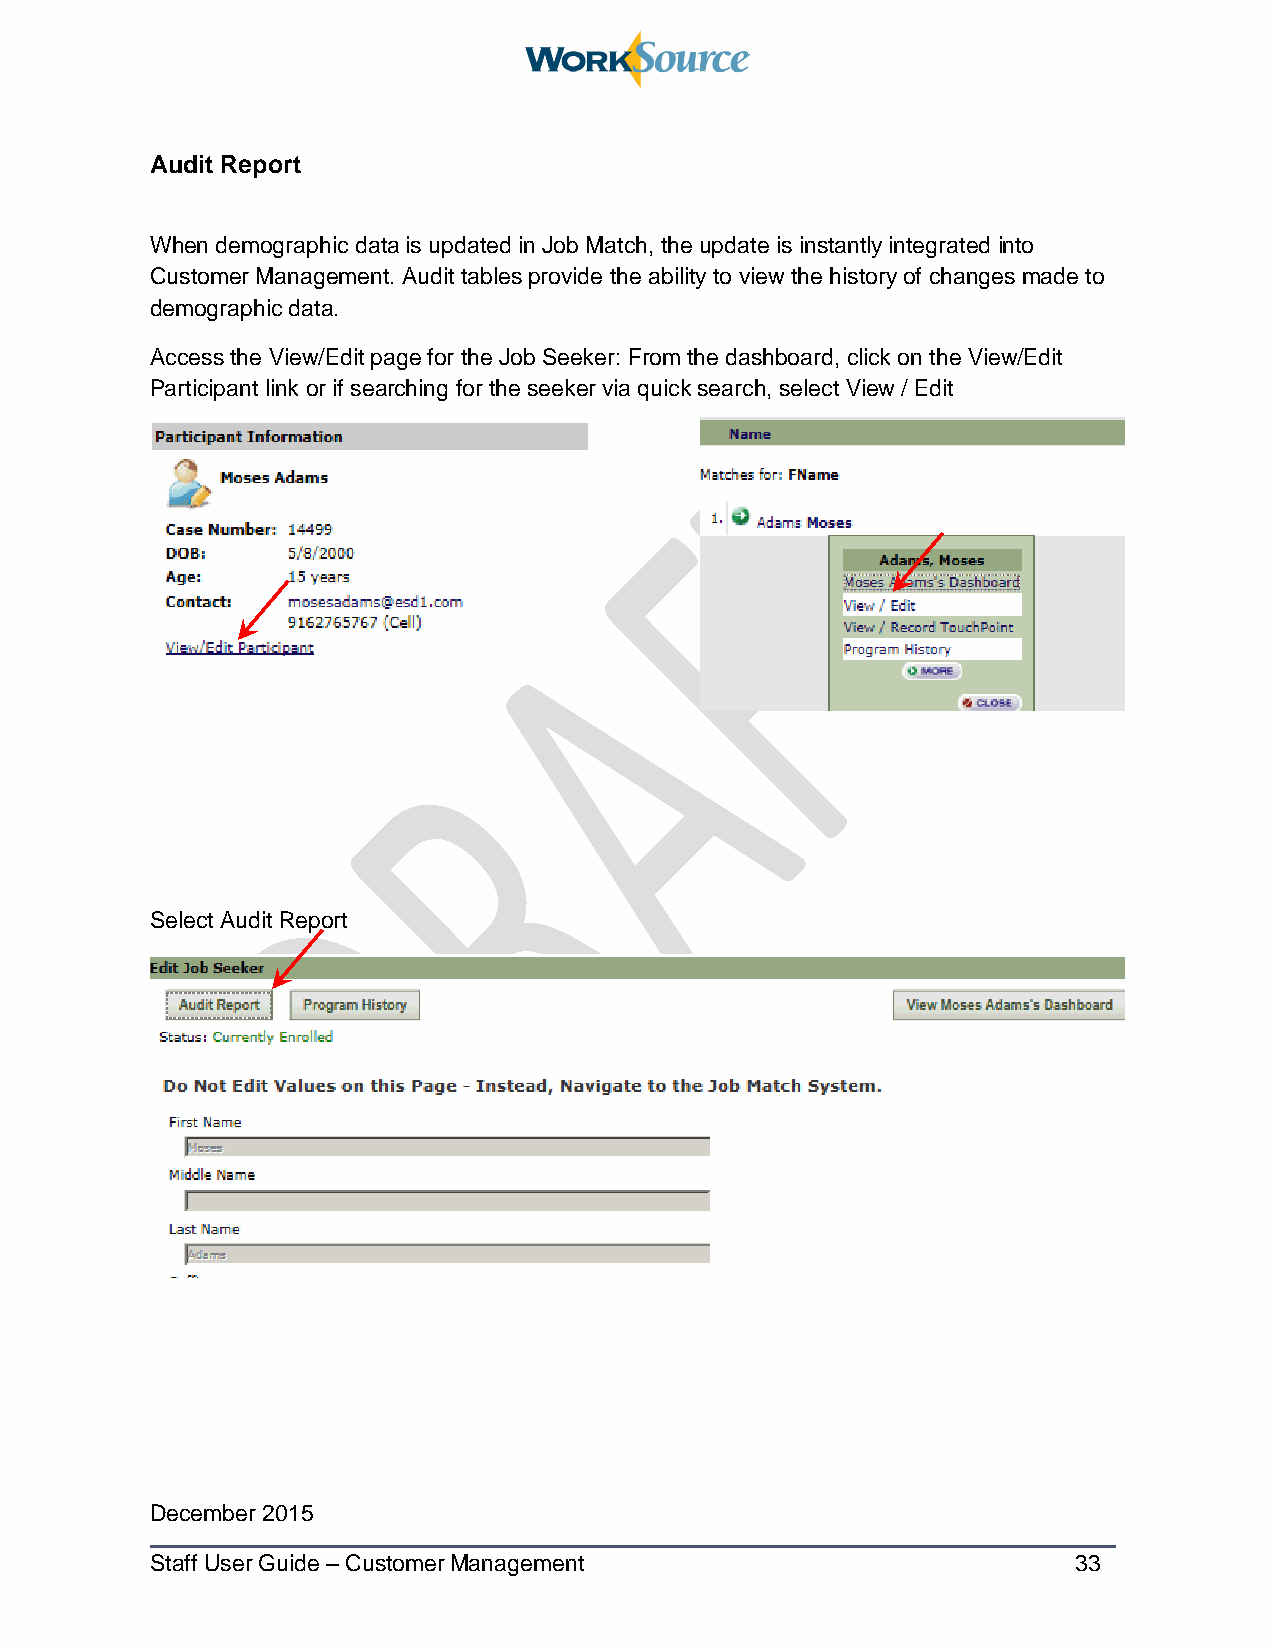
Audit Report
 When demographic data is updated in Job Match, the update is instantly integrated into
 Customer Management. Audit tables provide the ability to view the history of changes made to
 demographic data.
 Access the View/Edit page for the Job Seeker: From the dashboard, click on the View/Edit
 Participant link or if searching for the seeker via quick search, select View / Edit
 Select Audit Report
 December 2015
 Staff User Guide – Customer Management                       33